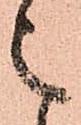
之